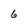
Character: 6